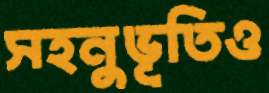
সহনুভূতিও